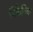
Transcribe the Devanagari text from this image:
मिकैनिक